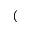
(